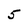
Character: 5